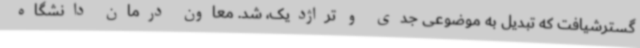
گسترشیافت که تبدیل به موضوعی جدی و تراژدیک، شد. معاون درمان دانشگاه